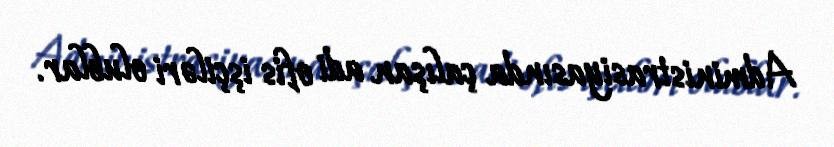
Administrasiyasında çalışan adi ofis işçiləri olublar.